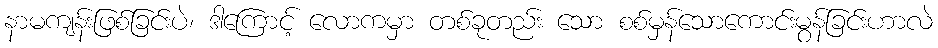
နာမကျန်းဖြစ်ခြင်းပဲ၊ ဒါကြောင့် လောကမှာ တစ်ခုတည်း သော စစ်မှန်သောကောင်းမွန်ခြင်းဟာလဲ